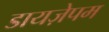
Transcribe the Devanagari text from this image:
डायज़ेपम